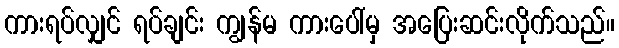
ကားရပ်လျှင် ရပ်ချင်း ကျွန်မ ကားပေါ်မှ အပြေးဆင်းလိုက်သည်။